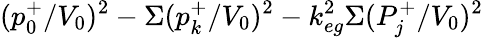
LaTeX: (p_{0}^{+}/V_{0})^{2}-\Sigma(p_{k}^{+}/V_{0})^{2}-k_{eg}^{2}\Sigma(P_{j}^{+}/V_{0})^{2}